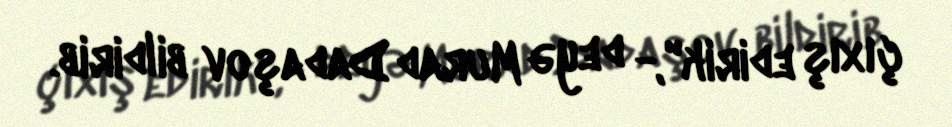
çıxış edirik",- deyə Murad Dadaşov bildirib.